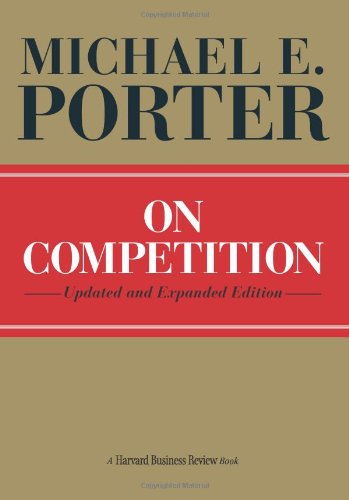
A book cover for On Competition, Updated and Expanded Edition; Michael E. Porter; Business & Money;